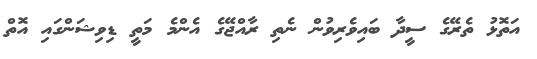
އަތޮޅު ތެރޭގެ ސީދާ ބައިވެރިވުން ނެތި ރާއްޖޭގެ އެންމެ މަތީ ޑިވިޝަންގައި އޮތް